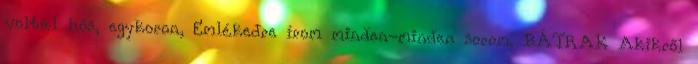
voltál hős, egykoron, Emlékedre írom minden-minden sorom. BÁTRAK Akikről